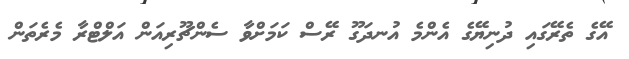
އޭގެ ތެރޭގައި ދުނިޔޭގެ އެންމެ އުނދަގޫ ރޭސް ކަމަށްވާ ސެންޗޫރިއަން އަލްޓްރާ މެރެތަން